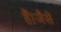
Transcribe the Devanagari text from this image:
हैं।जैसे